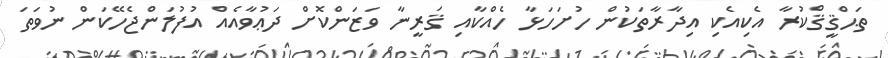
ތަޙްޤީޤްކުރާ އެކިއެކި އިދާރާތަކުން ހުށަހަޅާ ހެއްކާއި ޤަރީނާ ވަޒަންކޮށް ދަޢުވާއެއް އުފުލަންޖެހޭކަން ނުވަތަ